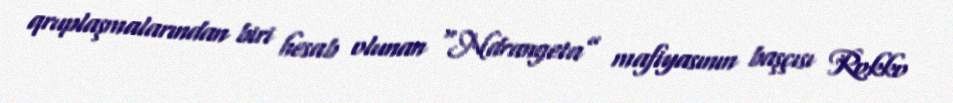
qruplaşmalarından biri hesab olunan “Ndrangeta” mafiyasının başçısı Rokko